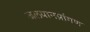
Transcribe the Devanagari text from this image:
जलयानप्रांगण